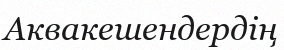
Аквакешендердің